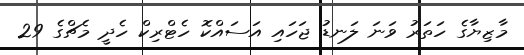
މާޒިޔާގެ ހަތަރު ވަނަ ލަނޑު ޖަހައި އަސައްކޮ ހެޓްރިކް ހެދީ މެޗްގެ 29